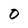
Character: 0